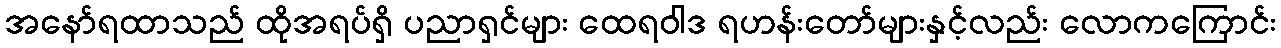
အနော်ရထာသည် ထိုအရပ်ရှိ ပညာရှင်များ ထေရဝါဒ ရဟန်းတော်များနှင့်လည်း လောကကြောင်း